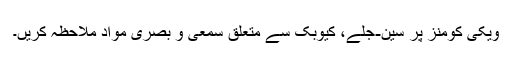
ویکی کومنز پر سین-جلے، کیوبک سے متعلق سمعی و بصری مواد ملاحظہ کریں۔